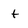
Character: t